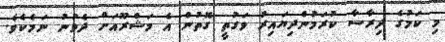
މި ކަމުގެ ދިރާސާ ކުރަމުންދިޔައިރު ވަގުތީ ގޮތުން އެ މަޝްރޫއަށް ދެވުނު ނަމެކެވެ.